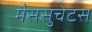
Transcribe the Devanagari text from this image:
मैससुचेटस